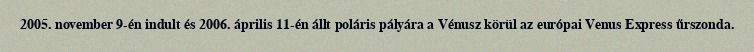
2005. november 9-én indult és 2006. április 11-én állt poláris pályára a Vénusz körül az európai Venus Express űrszonda.